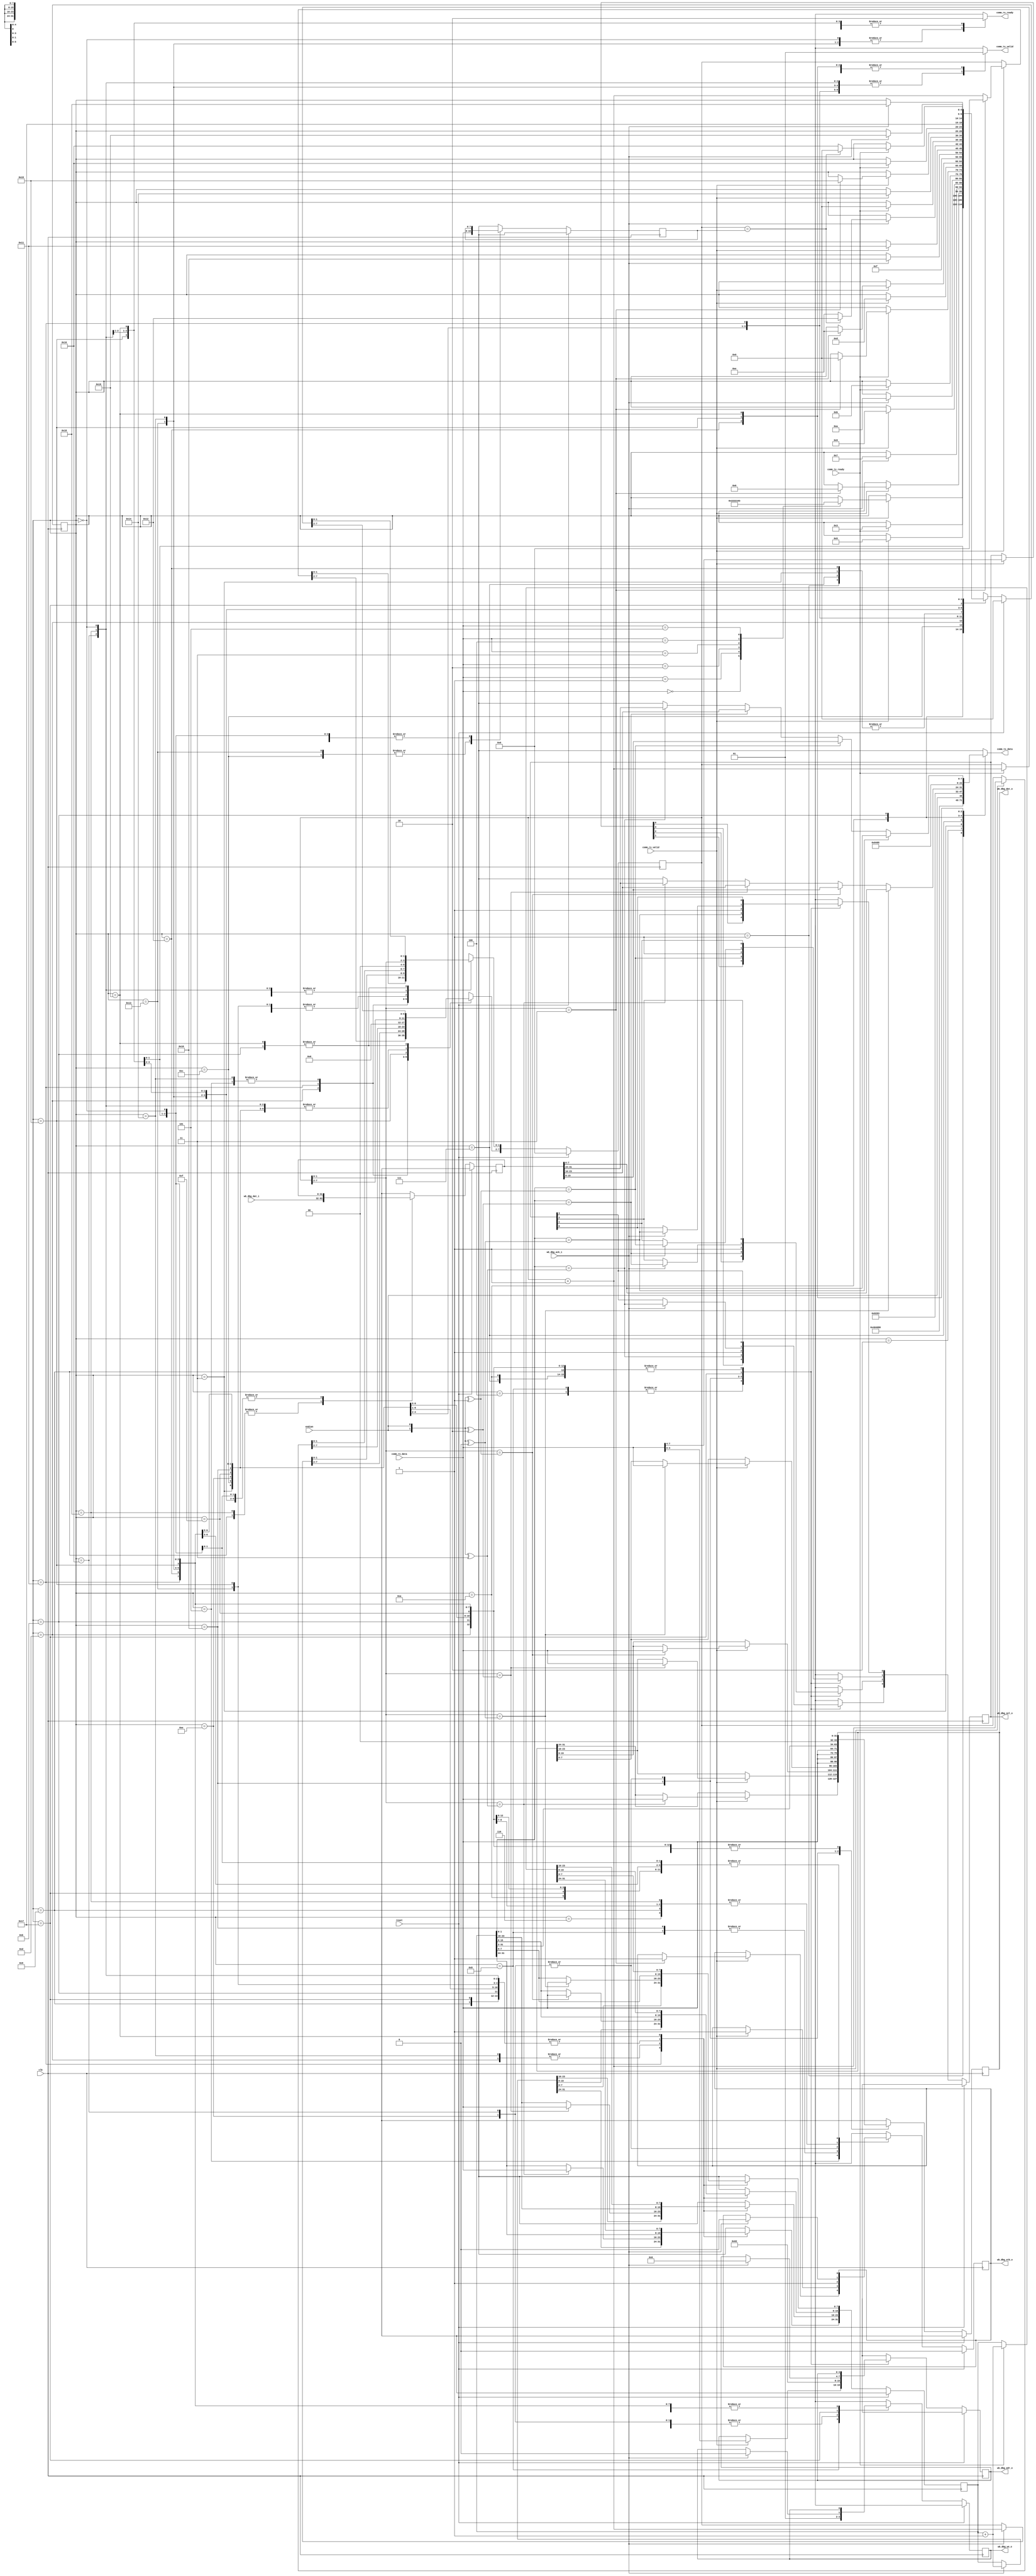
// ---------------------------------------------------------------------------
//  Jelly  -- the soft-core processor system
//    MIPS like CPU core
//
//                                  Copyright (C) 2008-2010 by Ryuji Fuchikami
//                                  https://github.com/ryuz/jelly.git
// ---------------------------------------------------------------------------



`timescale       1ns / 1ps
`default_nettype none



// nop           8'h00
// nop                 8'h80
//
// status        8'h01
// status_ack          8'h81 status
//
// dbg_write     8'h02 sel+adr dat0 dat1 dat2 dat3
// dbg_write_ack                                    8'h82
//
// dbg_read      8'h03 sel+adr
// dbg_write_ack                8'h83 dat0 dat1 dat2 dat3
//
// mem_write     8'h04 size adr0 adr1 adr2 adr3 dat0 dat1 dat2 dat3 ....
// mem_write_ack                                                          8'h84
//
// mem_read      8'h05 size adr0 adr1 adr2 adr3 
// mem_write_ack                                 8'h85 dat0 dat1 dat2 dat3 ....


`define CMD_NOP         8'h00
`define CMD_STATUS      8'h01
`define CMD_DBG_WRITE   8'h02
`define CMD_DBG_READ    8'h03
`define CMD_MEM_WRIT    8'h04
`define CMD_MEM_READ    8'h05

`define ACK_NOP         8'h80
`define ACK_STATUS      8'h81
`define ACK_DBG_WRITE   8'h82
`define ACK_DBG_READ    8'h83
`define ACK_MEM_WRIT    8'h84
`define ACK_MEM_READ    8'h85



// debug comm
module jelly_cpu_dbg_comm
        (
            // system
            input   wire                reset,
            input   wire                clk,
            input   wire                endian,
            
            // comm port
            output  reg     [7:0]       comm_tx_data,
            output  reg                 comm_tx_valid,
            input   wire                comm_tx_ready,
            input   wire    [7:0]       comm_rx_data,
            input   wire                comm_rx_valid,
            output  reg                 comm_rx_ready,
            
            // debug port (whishbone)
            output  reg     [3:0]       wb_dbg_adr_o,
            input   wire    [31:0]      wb_dbg_dat_i,
            output  reg     [31:0]      wb_dbg_dat_o,
            output  reg                 wb_dbg_we_o,
            output  reg     [3:0]       wb_dbg_sel_o,
            output  reg                 wb_dbg_stb_o,
            input   wire                wb_dbg_ack_i
        );
    
    // state
    localparam  ST_NUM          = 26;
    
    localparam  ST_IDLE         = 0;
    localparam  ST_NOP_TX_ACK   = 1;
    localparam  ST_STAT_TX_ACK  = 2;
    localparam  ST_STAT_TX_STAT = 3;
    localparam  ST_DW_RX_ADDR   = 4;
    localparam  ST_DW_RX_DATA   = 5;
    localparam  ST_DW_WRITE     = 6;
    localparam  ST_DW_TX_ACK    = 7;
    localparam  ST_DR_RX_ADDR   = 8;
    localparam  ST_DR_READ      = 9;
    localparam  ST_DR_TX_ACK    = 10;
    localparam  ST_DR_TX_DATA   = 11;
    localparam  ST_MW_RX_SIZE   = 12;
    localparam  ST_MW_RX_ADDR   = 13;
    localparam  ST_MW_SET_ADDR  = 14;
    localparam  ST_MW_WAI_ADDR  = 15;
    localparam  ST_MW_RX_DATA   = 16;
    localparam  ST_MW_WRITE     = 17;
    localparam  ST_MW_TX_ACK    = 18;
    localparam  ST_MR_RX_SIZE   = 19;
    localparam  ST_MR_RX_ADDR   = 20;
    localparam  ST_MR_TX_ACK    = 21;
    localparam  ST_MR_SET_ADDR  = 22;
    localparam  ST_MR_WAI_ADDR  = 23;
    localparam  ST_MR_READ      = 24;
    localparam  ST_MR_TX_DATA   = 25;
    
    
    reg     [4:0]           state;
    reg     [7:0]           counter;
    
    reg     [7:0]           size;
    reg     [31:0]          address;
    reg     [31:0]          read_data;
    
    
    reg     [3:0]           next_wb_dbg_adr_o;
    reg     [31:0]          next_wb_dbg_dat_o;
    reg                     next_wb_dbg_we_o;
    reg     [3:0]           next_wb_dbg_sel_o;
    reg                     next_wb_dbg_stb_o;
    
    reg     [4:0]           next_state;
    reg     [7:0]           next_counter;
    
    reg     [7:0]           next_size;
    reg     [31:0]          next_address;
    reg     [31:0]          next_read_data;
    
    
    // FF
    always @ ( posedge clk ) begin
        if ( reset ) begin
            wb_dbg_adr_o  <= {4{1'bx}};
            wb_dbg_dat_o  <= {32{1'bx}};
            wb_dbg_we_o   <= 1'bx;
            wb_dbg_sel_o  <= {4{1'bx}};
            wb_dbg_stb_o  <= 1'b0;
            state         <= ST_IDLE;
            counter       <= 0;
            size          <= {8{1'bx}};
            address       <= {32{1'bx}};
            read_data     <= {32{1'bx}};
        end
        else begin
            wb_dbg_adr_o  <= next_wb_dbg_adr_o;
            wb_dbg_dat_o  <= next_wb_dbg_dat_o;
            wb_dbg_we_o   <= next_wb_dbg_we_o;
            wb_dbg_sel_o  <= next_wb_dbg_sel_o;
            wb_dbg_stb_o  <= next_wb_dbg_stb_o;
            state         <= next_state;
            counter       <= next_counter;
            size          <= next_size;
            address       <= next_address;
            read_data     <= next_read_data;
        end
    end
    
    // combination
    always @* begin
        // combination logic
        comm_rx_ready = 1'b0;
        comm_tx_valid    = 1'b0;
        comm_tx_data  = {8{1'bx}};
        
        // sequential logic
        next_state        = state;
        next_counter      = counter;
        next_wb_dbg_adr_o = wb_dbg_adr_o;
        next_wb_dbg_dat_o = wb_dbg_dat_o;
        next_wb_dbg_we_o  = wb_dbg_we_o;
        next_wb_dbg_sel_o = wb_dbg_sel_o;
        next_wb_dbg_stb_o = wb_dbg_stb_o;
        next_size         = size;
        next_address      = address;
        next_read_data    = read_data;
        
        (* parallel_case *) (* full_case *)
        casex ( state )
        
        //  ---- Idle ----
        ST_IDLE: begin
            comm_rx_ready = 1'b1;
            
            // command recive & analyze
            if ( comm_rx_valid ) begin
                case ( comm_rx_data )
                `CMD_NOP:
                    begin
                        next_state = ST_NOP_TX_ACK;
                    end
                
                `CMD_STATUS:
                    begin
                        // go next state
                        next_state = ST_STAT_TX_ACK;
                    end
                
                `CMD_DBG_WRITE:
                    begin
                        // go next state
                        next_state = ST_DW_RX_ADDR;
                    end
                    
                `CMD_DBG_READ:
                    begin
                        // go next state
                        next_state = ST_DR_RX_ADDR;
                    end

                `CMD_MEM_WRIT:
                    begin
                        // go next state
                        next_state = ST_MW_RX_SIZE;
                    end
                    
                `CMD_MEM_READ:
                    begin
                        // go next state
                        next_state = ST_MR_RX_SIZE;
                    end
                endcase
            end
        end
        
                
        // ---- Nop ----
        
        // send ack
        ST_NOP_TX_ACK: begin
            // send ack
            comm_tx_valid   = 1'b1;
            comm_tx_data = `ACK_NOP;
            if ( comm_tx_ready ) begin
                // go next state
                next_state = ST_IDLE;
            end
        end
        
        
        
        // ---- Status ----
        
        // status ack
        ST_STAT_TX_ACK : begin
            // send status
            comm_tx_valid   = 1'b1;
            comm_tx_data = `ACK_STATUS;
            
            if ( comm_tx_ready ) begin
                // go next state
                next_state = ST_STAT_TX_STAT;
            end
        end
        
        // send status
        ST_STAT_TX_STAT: begin
            comm_tx_valid   = 1'b1;
            comm_tx_data = endian;
            
            if ( comm_tx_ready ) begin
                // go next state
                next_state = ST_IDLE;
            end
        end
        
        
        
        // ---- Write debug register ----
        
        // dbg write recv addr
        ST_DW_RX_ADDR: begin
            comm_rx_ready     = 1'b1;
            next_wb_dbg_we_o  = 1'b1;
            next_counter[1:0] = 2'b00;
            
            if ( comm_rx_valid ) begin
                // receive sel & adr
                next_wb_dbg_adr_o = comm_rx_data[3:0];
                next_wb_dbg_sel_o = comm_rx_data[7:4];
                
                // go next state
                next_state = ST_DW_RX_DATA;
            end
        end
        
        // dbg write recv data
        ST_DW_RX_DATA: begin
            comm_rx_ready = 1'b1;
            if ( comm_rx_valid ) begin
                // counter
                next_counter = counter + 1;
                
                // receive data
                if ( counter[1:0] == ({2{endian}} ^ 2'b00) ) next_wb_dbg_dat_o[7:0]   = comm_rx_data;
                if ( counter[1:0] == ({2{endian}} ^ 2'b01) ) next_wb_dbg_dat_o[15:8]  = comm_rx_data;
                if ( counter[1:0] == ({2{endian}} ^ 2'b10) ) next_wb_dbg_dat_o[23:16] = comm_rx_data;
                if ( counter[1:0] == ({2{endian}} ^ 2'b11) ) next_wb_dbg_dat_o[31:24] = comm_rx_data;
                
                if ( counter[1:0] == 2'b11 ) begin
                    // write
                    next_wb_dbg_stb_o = 1'b1;
                    
                    // go next state
                    next_state = ST_DW_WRITE;
                end
            end
        end
        
        // dbg write
        ST_DW_WRITE: begin
            if ( wb_dbg_ack_i ) begin
                // write end
                next_wb_dbg_stb_o = 1'b0;
                                
                // go next state
                next_state = ST_DW_TX_ACK;
            end
        end

        ST_DW_TX_ACK: begin
            // send ack
            comm_tx_valid   = 1'b1;
            comm_tx_data = `ACK_DBG_WRITE;
            
            if ( comm_tx_ready ) begin
                // go next state
                next_state = ST_IDLE;
            end
        end
        
        
        // ---- Read debug register ----
    
        // dbg read
        ST_DR_RX_ADDR: begin
            comm_rx_ready     = 1'b1;
            
            next_wb_dbg_we_o  = 1'b0;
            next_counter[1:0] = 2'b00;
            
            if ( comm_rx_valid ) begin
                // receive sel & adr
                next_wb_dbg_adr_o = comm_rx_data[3:0];
                next_wb_dbg_sel_o = comm_rx_data[7:4];
                next_wb_dbg_stb_o = 1'b1;
                
                // go next state
                next_state = ST_DR_READ;
            end
        end
        
        // dbg read
        ST_DR_READ: begin
            // read data
            next_read_data = wb_dbg_dat_i;
            
            if ( wb_dbg_ack_i ) begin
                // read
                next_wb_dbg_stb_o = 1'b0;
                                
                // go next state
                next_state = ST_DR_TX_ACK;
            end
        end
        
        ST_DR_TX_ACK: begin
            // send ack
            comm_tx_valid   = 1'b1;
            comm_tx_data = `ACK_DBG_READ;
            
            if ( comm_tx_ready ) begin
                // go next state
                next_state = ST_DR_TX_DATA;
            end
        end
        
        ST_DR_TX_DATA: begin
            // send data
            comm_tx_valid = 1'b1;
            if ( counter[1:0] == ({2{endian}} ^ 2'b00) )        comm_tx_data = read_data[7:0];
            else if ( counter[1:0] == ({2{endian}} ^ 2'b01) )   comm_tx_data = read_data[15:8];
            else if ( counter[1:0] == ({2{endian}} ^ 2'b10) )   comm_tx_data = read_data[23:16];
            else if ( counter[1:0] == ({2{endian}} ^ 2'b11) )   comm_tx_data = read_data[31:24];
            
            if ( comm_tx_ready ) begin
                next_counter = counter + 1;
                if ( counter[1:0] == 2'b11 ) begin
                    // go to next state
                    next_state = ST_IDLE;
                end
            end
        end
        
        
        
        // ---- Write memory ----
        
        // memory write
        ST_MW_RX_SIZE: begin
            comm_rx_ready     = 1'b1;
            next_counter[1:0] = 2'b00;
            next_size = comm_rx_data;
            
            if ( comm_rx_valid ) begin
                // go next state
                next_state = ST_MW_RX_ADDR;
            end
        end
        
        // mem write recv address
        ST_MW_RX_ADDR: begin
            comm_rx_ready = 1'b1;
            
            // receive data
            if ( counter[1:0] == ({2{endian}} ^ 2'b00) ) next_address[7:0]   = comm_rx_data;
            if ( counter[1:0] == ({2{endian}} ^ 2'b01) ) next_address[15:8]  = comm_rx_data;
            if ( counter[1:0] == ({2{endian}} ^ 2'b10) ) next_address[23:16] = comm_rx_data;
            if ( counter[1:0] == ({2{endian}} ^ 2'b11) ) next_address[31:24] = comm_rx_data;
            
            if ( comm_rx_valid ) begin
                // counter
                next_counter = counter + 1;
                
                if ( counter[1:0] == 2'b11 ) begin                  
                    // go next state
                    next_counter = 0;
                    next_state   = ST_MW_SET_ADDR;
                end
            end
        end
        
        ST_MW_SET_ADDR: begin           
            // write
            next_wb_dbg_adr_o = 4'h2;   // DBG_ADDR
            next_wb_dbg_dat_o = {address[31:2], 2'b00};
            next_wb_dbg_we_o  = 1'b1;
            next_wb_dbg_sel_o = 4'b1111;
            next_wb_dbg_stb_o = 1'b1;
            
            // go next state
            next_state = ST_MW_WAI_ADDR;
        end
        
        ST_MW_WAI_ADDR: begin
            if ( wb_dbg_ack_i ) begin
                // write end
                next_wb_dbg_stb_o = 1'b0;
                
                // go next state
                next_state = ST_MW_RX_DATA;
            end
        end
        
        // recv write data
        ST_MW_RX_DATA: begin
            comm_rx_ready = 1'b1;
            
            next_wb_dbg_adr_o    = 4'h6;    // DBG_DBUS
            next_wb_dbg_dat_o    = {4{comm_rx_data}};
            next_wb_dbg_sel_o[0] = (address[1:0] == ({2{endian}} ^ 2'b00));
            next_wb_dbg_sel_o[1] = (address[1:0] == ({2{endian}} ^ 2'b01));
            next_wb_dbg_sel_o[2] = (address[1:0] == ({2{endian}} ^ 2'b10));
            next_wb_dbg_sel_o[3] = (address[1:0] == ({2{endian}} ^ 2'b11));
            
            if ( comm_rx_valid ) begin
                // write
                next_wb_dbg_stb_o = 1'b1;
                
                // go next state
                next_state = ST_MW_WRITE;
            end
        end
        
        ST_MW_WRITE: begin
            if ( wb_dbg_ack_i ) begin
                // write end
                next_wb_dbg_stb_o = 1'b0;
                                
                next_counter = counter + 1;
                next_address = address + 1;
                
                if ( counter == size ) begin        
                    // go next state
                    next_state = ST_MW_TX_ACK;
                end
                else begin
                    // go next state
                    next_state = ST_MW_SET_ADDR;
                end
            end
        end
        
        ST_MW_TX_ACK: begin
            // send ack
            comm_tx_valid   = 1'b1;
            comm_tx_data = `ACK_MEM_WRIT;
            if ( comm_tx_ready ) begin
                // next state
                next_state = ST_IDLE;
            end
        end
        
        
        //  ---- Memory read ----

        // memory read
        ST_MR_RX_SIZE: begin
            comm_rx_ready     = 1'b1;
            next_counter[1:0] = 2'b00;
            next_size = comm_rx_data;
            
            if ( comm_rx_valid ) begin
                // go next state
                next_state = ST_MR_RX_ADDR;
            end
        end
        
        // mem read recv address
        ST_MR_RX_ADDR: begin
            comm_rx_ready = 1'b1;

            // receive data
            if ( counter[1:0] == ({2{endian}} ^ 2'b00) ) next_address[7:0]   = comm_rx_data;
            if ( counter[1:0] == ({2{endian}} ^ 2'b01) ) next_address[15:8]  = comm_rx_data;
            if ( counter[1:0] == ({2{endian}} ^ 2'b10) ) next_address[23:16] = comm_rx_data;
            if ( counter[1:0] == ({2{endian}} ^ 2'b11) ) next_address[31:24] = comm_rx_data;
            
            if ( comm_rx_valid ) begin
                // counter
                next_counter = counter + 1;
                
                if ( counter[1:0] == 2'b11 ) begin                  
                    // go next state
                    next_state = ST_MR_TX_ACK;
                end
            end
        end
        
        
        ST_MR_TX_ACK:  begin
            // send ack
            comm_tx_valid   = 1'b1;
            comm_tx_data = `ACK_MEM_READ;
            next_counter = 0;
            
            if ( comm_tx_ready ) begin
                // go next state
                next_state = ST_MR_SET_ADDR;
            end
        end
        
        ST_MR_SET_ADDR: begin   
            // write
            next_wb_dbg_adr_o = 4'h2;   // DBG_ADDR
            next_wb_dbg_dat_o = {address[31:2], 2'b00};
            next_wb_dbg_we_o  = 1'b1;
            next_wb_dbg_sel_o = 4'b1111;
            next_wb_dbg_stb_o = 1'b1;
            
            // go next state
            next_state = ST_MR_WAI_ADDR;
        end
        
        ST_MR_WAI_ADDR: begin
            if ( wb_dbg_ack_i ) begin
                // read start
                next_wb_dbg_adr_o    = 4'h6;    // DBG_DBUS
                next_wb_dbg_we_o     = 1'b0;
                next_wb_dbg_sel_o[0] = (address[1:0] == ({2{endian}} ^ 2'b00));
                next_wb_dbg_sel_o[1] = (address[1:0] == ({2{endian}} ^ 2'b01));
                next_wb_dbg_sel_o[2] = (address[1:0] == ({2{endian}} ^ 2'b10));
                next_wb_dbg_sel_o[3] = (address[1:0] == ({2{endian}} ^ 2'b11));
                
                // go next state
                next_state = ST_MR_READ;
            end
        end
        
        // read
        ST_MR_READ: begin
            next_read_data = wb_dbg_dat_i;
            if ( wb_dbg_ack_i ) begin
                next_wb_dbg_stb_o = 1'b0;
                
                // go next state
                next_state = ST_MR_TX_DATA;
            end
        end
        
        
        ST_MR_TX_DATA: begin
            comm_tx_valid   = 1'b1;
            if ( address[1:0] == ({2{endian}} ^ 2'b00) )        comm_tx_data = read_data[7:0];
            else if ( address[1:0] == ({2{endian}} ^ 2'b01) )   comm_tx_data = read_data[15:8];
            else if ( address[1:0] == ({2{endian}} ^ 2'b10) )   comm_tx_data = read_data[23:16];
            else if ( address[1:0] == ({2{endian}} ^ 2'b11) )   comm_tx_data = read_data[31:24];
            
            if ( comm_tx_ready ) begin
                next_counter = counter + 1;
                next_address = address + 1;
                
                if ( counter == size ) begin                    
                    // go next state
                    next_state = ST_IDLE;
                end
                else begin
                    // go next state
                    next_state = ST_MR_SET_ADDR;
                end
            end
        end
        endcase
    end
    
    
endmodule



`default_nettype wire



// end of file